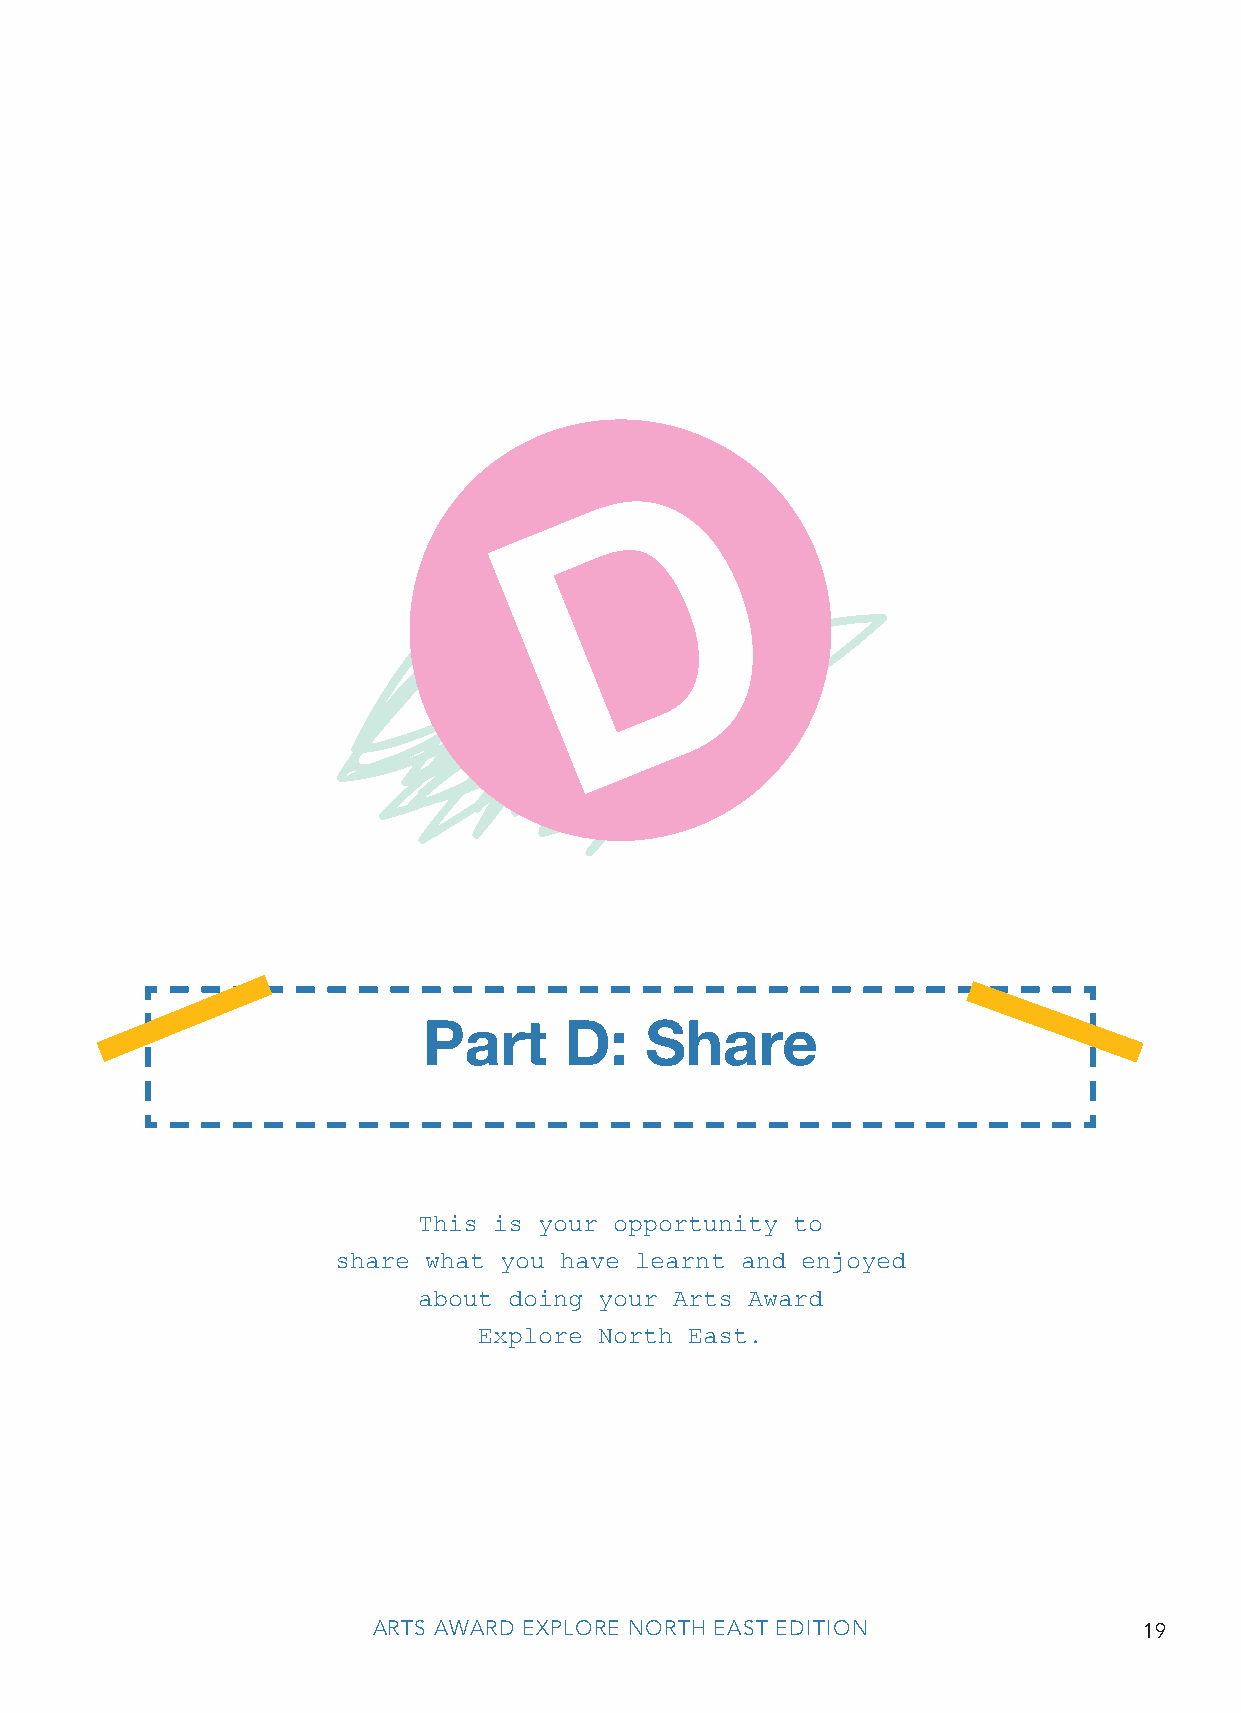
D
 Part     D:    Share
 This is your opportunity to
 share what you have learnt and enjoyed
 about doing your Arts Award
 Explore North East.
 ARTS AWARD EXPLORE NORTH EAST EDITION              19